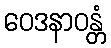
ဝေဒနာဝန္တံ